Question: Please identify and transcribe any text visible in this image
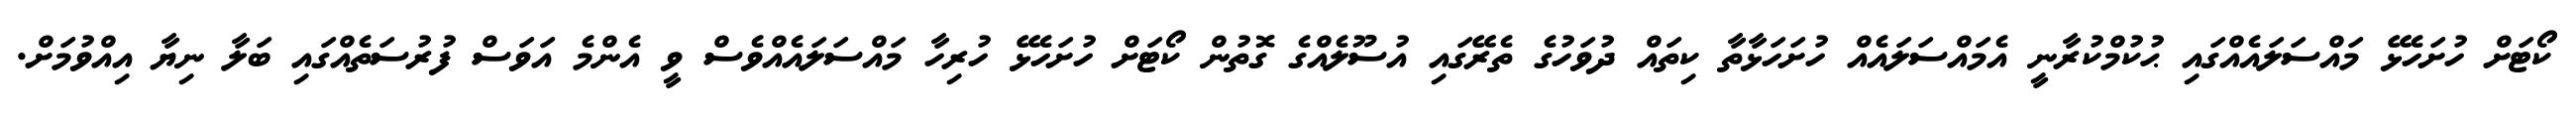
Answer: ކޯޓަށް ހުށަހެޅޭ މައްސަލައެއްގައި ޙުކުމްކުރާނީ އެމައްސަލައެއް ހުށަހަޅާތާ ކިތައް ދުވަހުގެ ތެރޭގައި އުސޫލެއްގެ ގޮތުން ކޯޓަށް ހުށަހެޅޭ ހުރިހާ މައްސަލައެއްވެސް ވީ އެންމެ އަވަސް ފުރުސަތެއްގައި ބަލާ ނިޔާ އިއްވުމަށް.